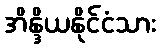
အိန္ဒိယနိုင်ငံသား